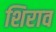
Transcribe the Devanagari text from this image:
शिराव